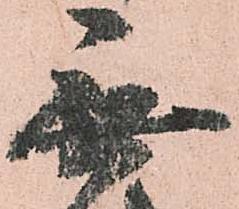
無